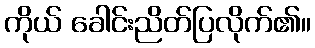
ကိုယ် ခေါင်းညိတ်ပြလိုက်၏။